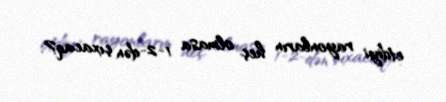
etdiyi rayonların heç olmasa 1-2-dən çıxacaq?.